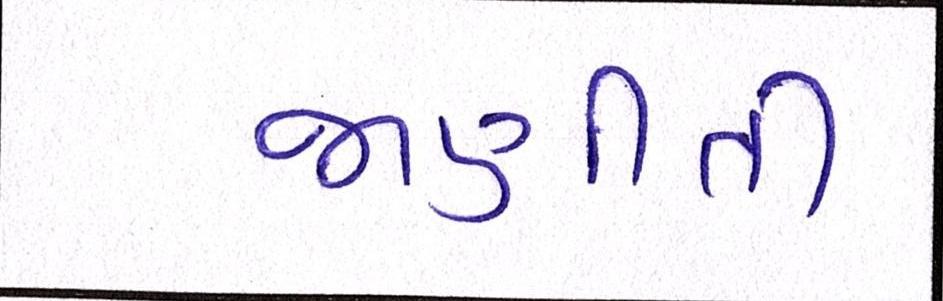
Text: જાણીતી